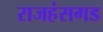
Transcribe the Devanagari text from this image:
राजहंसगड